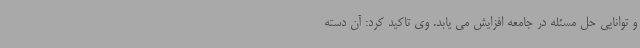
و توانایی حل مسئله در جامعه افزایش می یابد. وی تاکید کرد: آن دسته